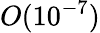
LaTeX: O(10^{-7})